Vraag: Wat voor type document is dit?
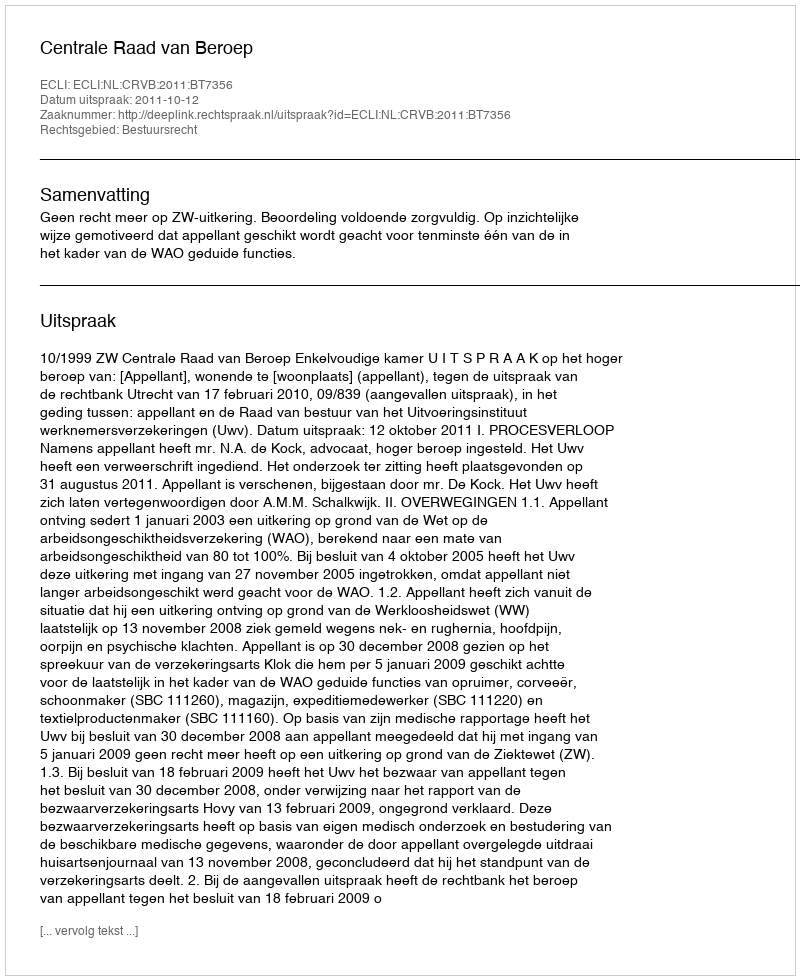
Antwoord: Uitspraak